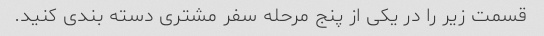
قسمت زیر را در یکی از پنج مرحله سفر مشتری دسته بندی کنید.